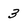
Character: 3